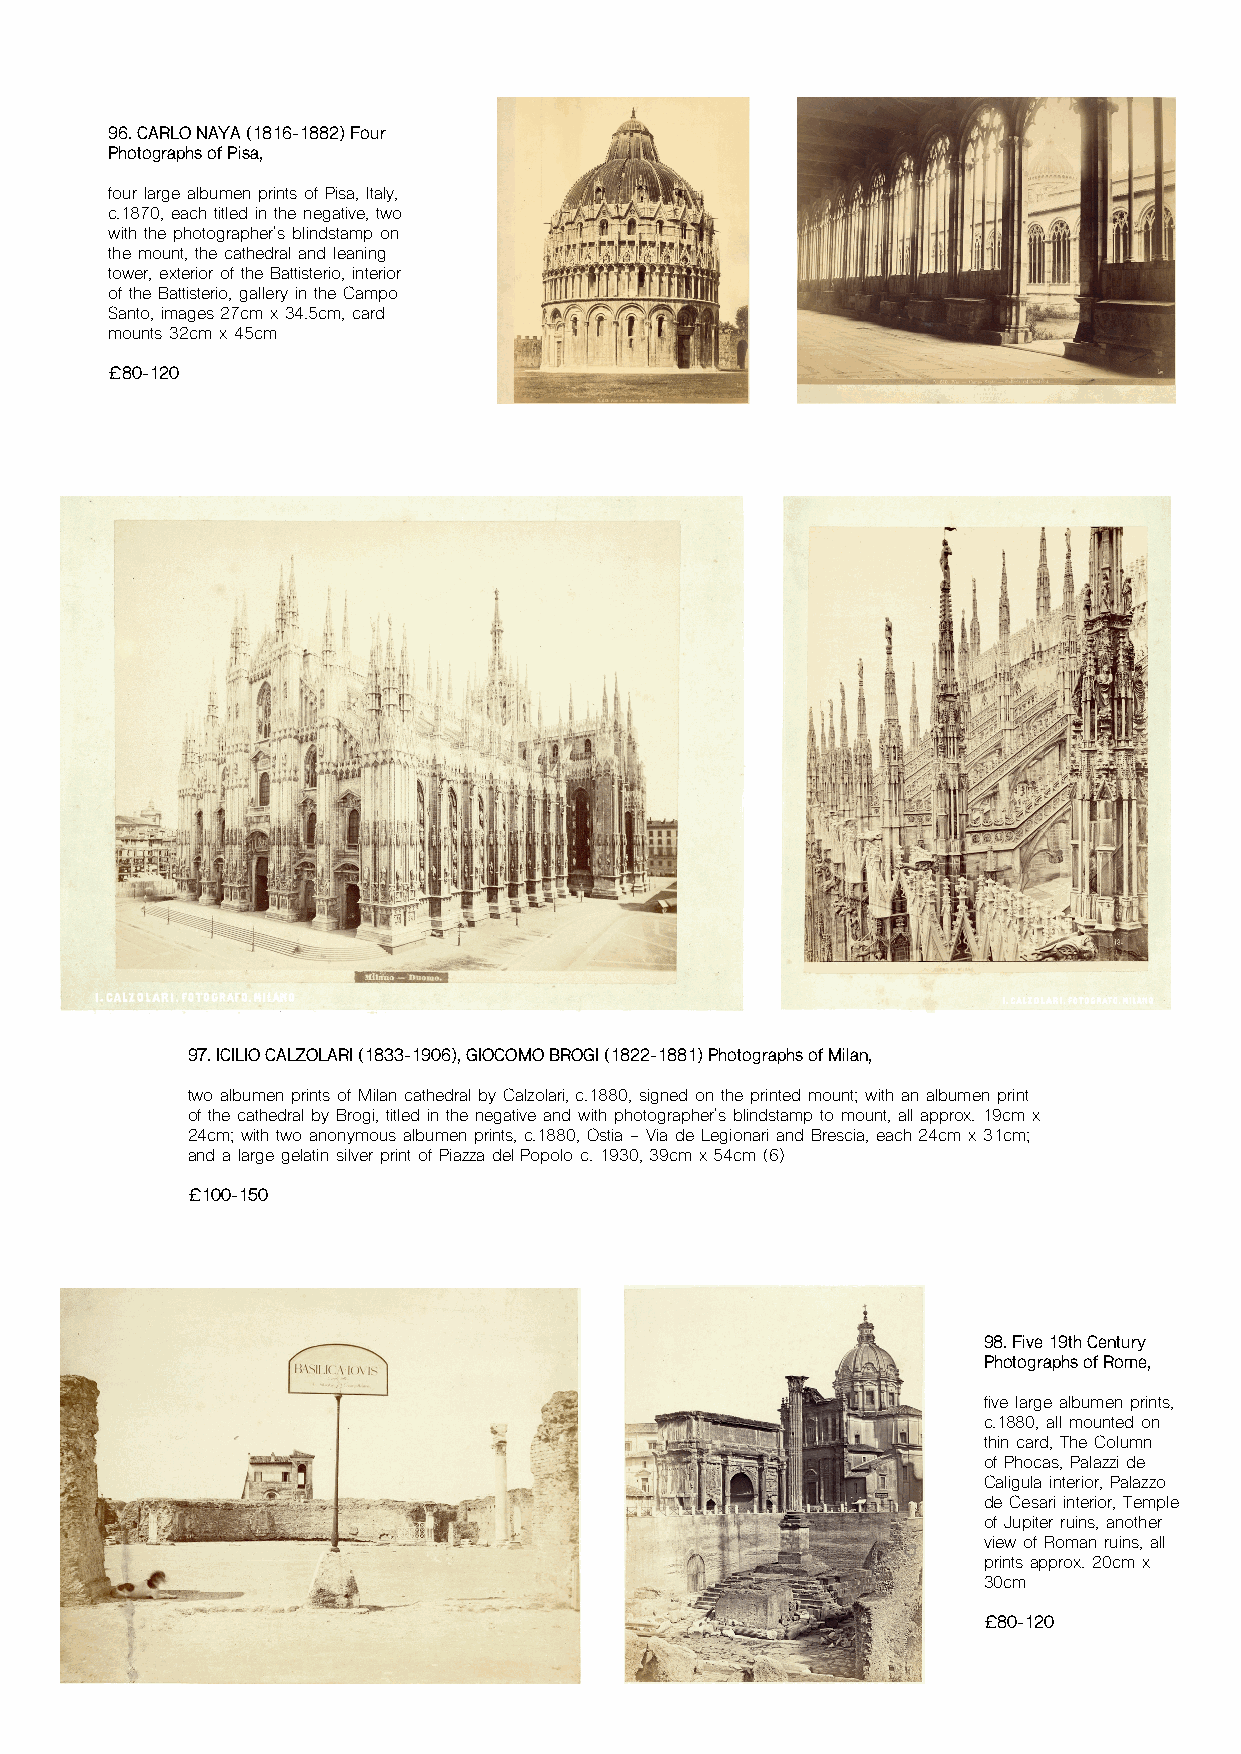
96. CARLO NAYA (1816-1882) Four
 Photographs of Pisa,
 four large albumen prints of Pisa, Italy,
 c.1870, each titled in the negative, two
 with the photographer's blindstamp on
 the mount, the cathedral and leaning
 tower, exterior of the Battisterio, interior
 of the Battisterio, gallery in the Campo
 Santo, images 27cm x 34.5cm, card
 mounts 32cm x 45cm
 £80-120
 97. ICILIO CALZOLARI (1833-1906), GIOCOMO BROGI (1822-1881) Photographs of Milan,
 two albumen prints of Milan cathedral by Calzolari, c.1880, signed on the printed mount; with an albumen print
 of the cathedral by Brogi, titled in the negative and with photographer's blindstamp to mount, all approx. 19cm x
 24cm; with two anonymous albumen prints, c.1880, Ostia - Via de Legionari and Brescia, each 24cm x 31cm;
 and a large gelatin silver print of Piazza del Popolo c. 1930, 39cm x 54cm (6)
 £100-150
 98. Five 19th Century
 Photographs of Rome,
 five large albumen prints,
 c.1880, all mounted on
 thin card, The Column
 of Phocas, Palazzi de
 Caligula interior, Palazzo
 de Cesari interior, Temple
 of Jupiter ruins, another
 view of Roman ruins, all
 prints approx. 20cm x
 30cm
 £80-120